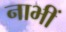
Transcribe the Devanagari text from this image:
नाभीं